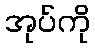
အုပ်ကို